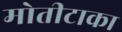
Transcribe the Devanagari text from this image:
मोतीटाका